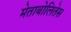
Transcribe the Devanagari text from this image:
मेताबोलितेस